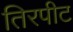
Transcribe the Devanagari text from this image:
तिरपीट